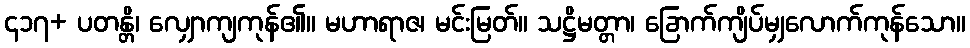
၄၁၇+ ပတန္တိ၊ လျှောကျကုန်၏။ မဟာရာဇ၊ မင်းမြတ်။ သဋ္ဌိမတ္တာ၊ ခြောက်ကျိပ်မျှလောက်ကုန်သော။